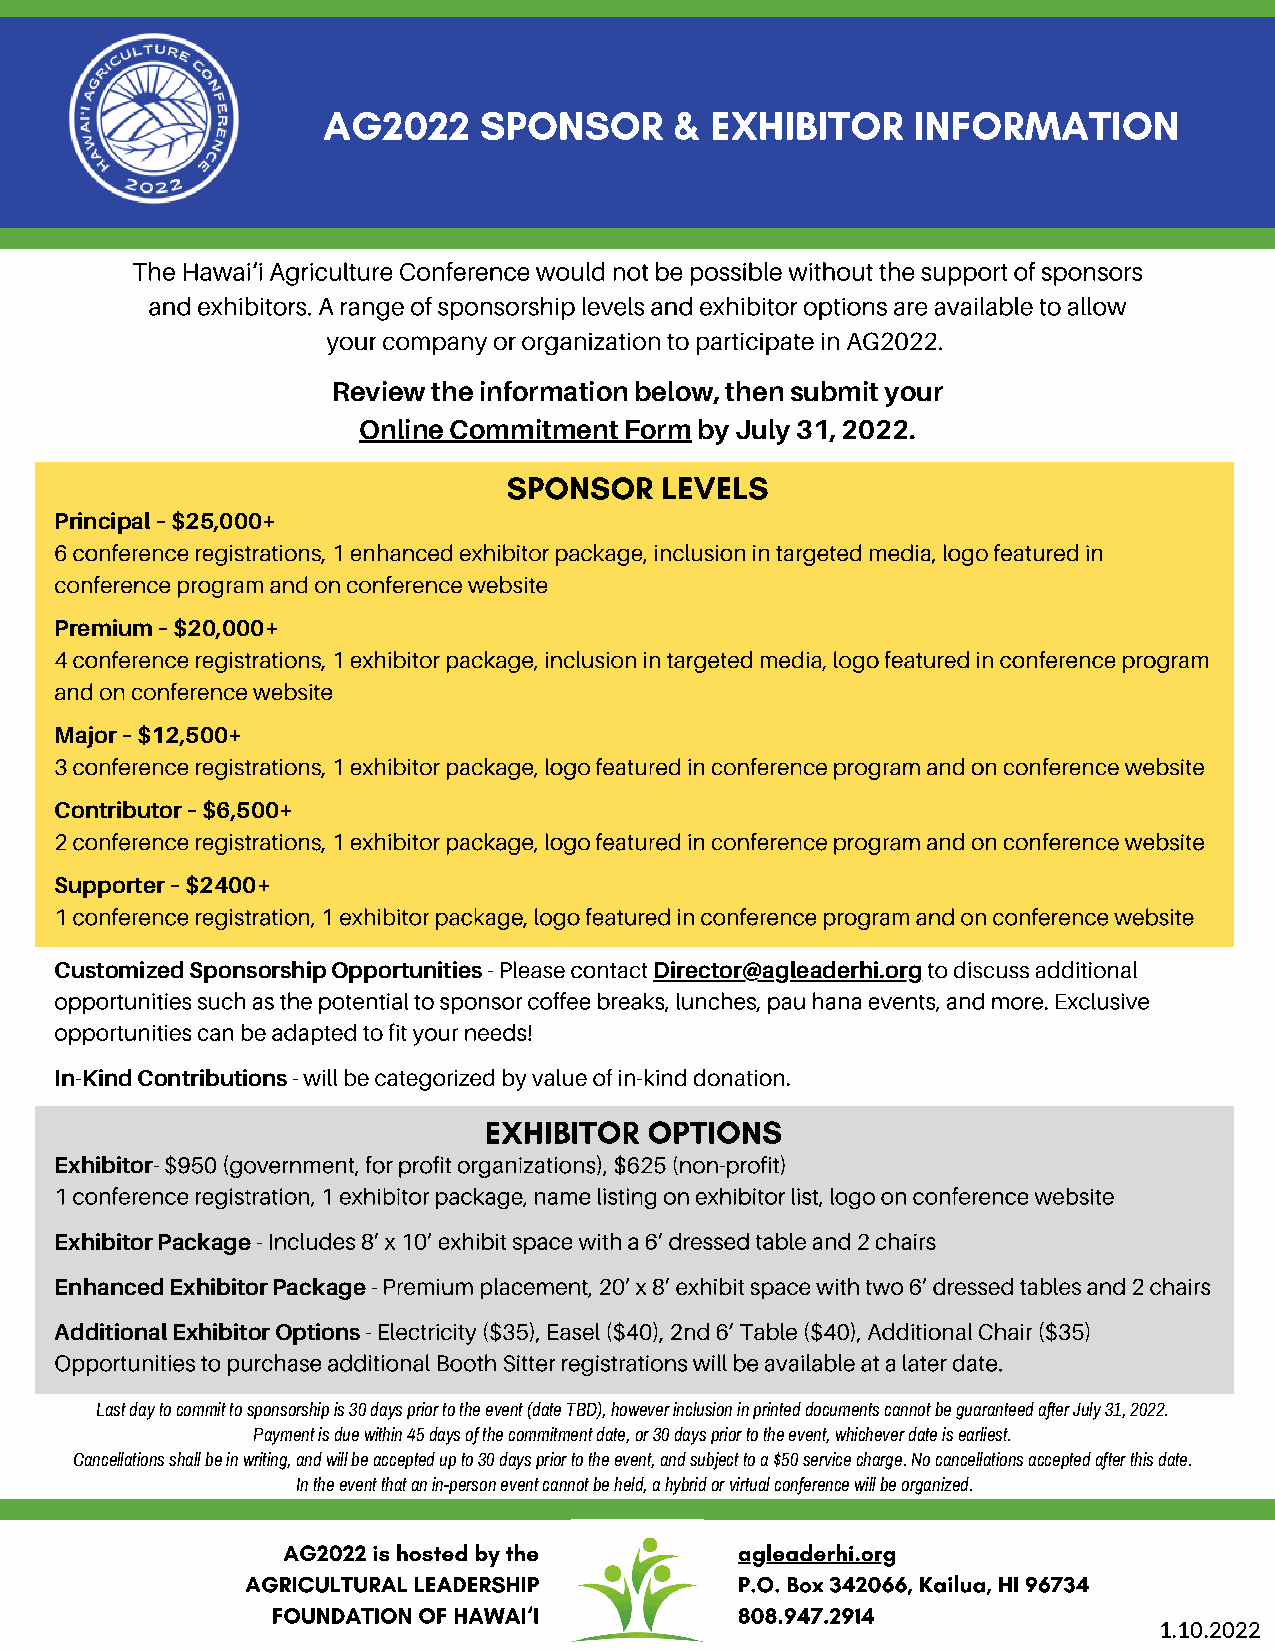
AG2022     SPONSOR      & EXHIBITOR    INFORMATION
 The Hawai‘i Agriculture Conference would not be possible without the support of sponsors
 and exhibitors. A range of sponsorship levels and exhibitor options are available to allow
 your company or organization to participate in AG2022.
 Review the information below, then submit your
 Online Commitment Form by July 31, 2022.
 SPONSOR   LEVELS
 Principal – $25,000+
 6 conference registrations, 1 enhanced exhibitor package, inclusion in targeted media, logo featured in
 conference program and on conference website
 Premium – $20,000+
 4 conference registrations, 1 exhibitor package, inclusion in targeted media, logo featured in conference program
 and on conference website
 Major – $12,500+
 3 conference registrations, 1 exhibitor package, logo featured in conference program and on conference website
 Contributor – $6,500+
 2 conference registrations, 1 exhibitor package, logo featured in conference program and on conference website
 Supporter – $2400+
 1 conference registration, 1 exhibitor package, logo featured in conference program and on conference website
 Customized Sponsorship Opportunities - Please contact Director@agleaderhi.org to discuss additional
 opportunities such as the potential to sponsor coffee breaks, lunches, pau hana events, and more. Exclusive
 opportunities can be adapted to fit your needs!
 In-Kind Contributions - will be categorized by value of in-kind donation.
 EXHIBITOR  OPTIONS
 Exhibitor- $950 (government, for profit organizations), $625 (non-profit)
 1 conference registration, 1 exhibitor package, name listing on exhibitor list, logo on conference website
 Exhibitor Package - Includes 8’ x 10’ exhibit space with a 6’ dressed table and 2 chairs
 Enhanced Exhibitor Package - Premium placement, 20’ x 8’ exhibit space with two 6’ dressed tables and 2 chairs
 Additional Exhibitor Options - Electricity ($35), Easel ($40), 2nd 6’ Table ($40), Additional Chair ($35)
 Opportunities to purchase additional Booth Sitter registrations will be available at a later date.
 Last day to commit to sponsorship is 30 days prior to the event (date TBD), however inclusion in printed documents cannot be guaranteed after July 31, 2022.
 Payment is due within 45 days of the commitment date, or 30 days prior to the event, whichever date is earliest.
 Cancellations shall be in writing, and will be accepted up to 30 days prior to the event, and subject to a $50 service charge. No cancellations accepted after this date.
 In the event that an in-person event cannot be held, a hybrid or virtual conference will be organized.
 AG2022 is hosted by the       agleaderhi.org
 AGRICULTURAL LEADERSHIP          P.O. Box 342066, Kailua, HI 96734
 FOUNDATION OF HAWAI‘I          808.947.2914
 1.10.2022